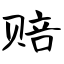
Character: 赔